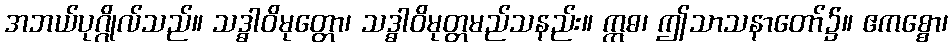
အဘယ်ပုဂ္ဂိုလ်သည်။ သဒ္ဓါဝိမုတ္တော၊ သဒ္ဓါဝိမုတ္တမည်သနည်း။ ဣဓ၊ ဤသာသနာတော်၌။ ဧကစ္စော၊